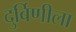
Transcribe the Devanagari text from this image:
दुर्बिणीला